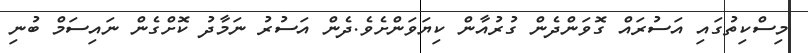
މިސްކިތުގައި އަސުރައް ގޮވަންދެން ގުރުއާން ކިޔަވަންށެވެ.ދެން އަސުރު ނަމާދު ކޮށްގެން ނައިސަމް ބުނި